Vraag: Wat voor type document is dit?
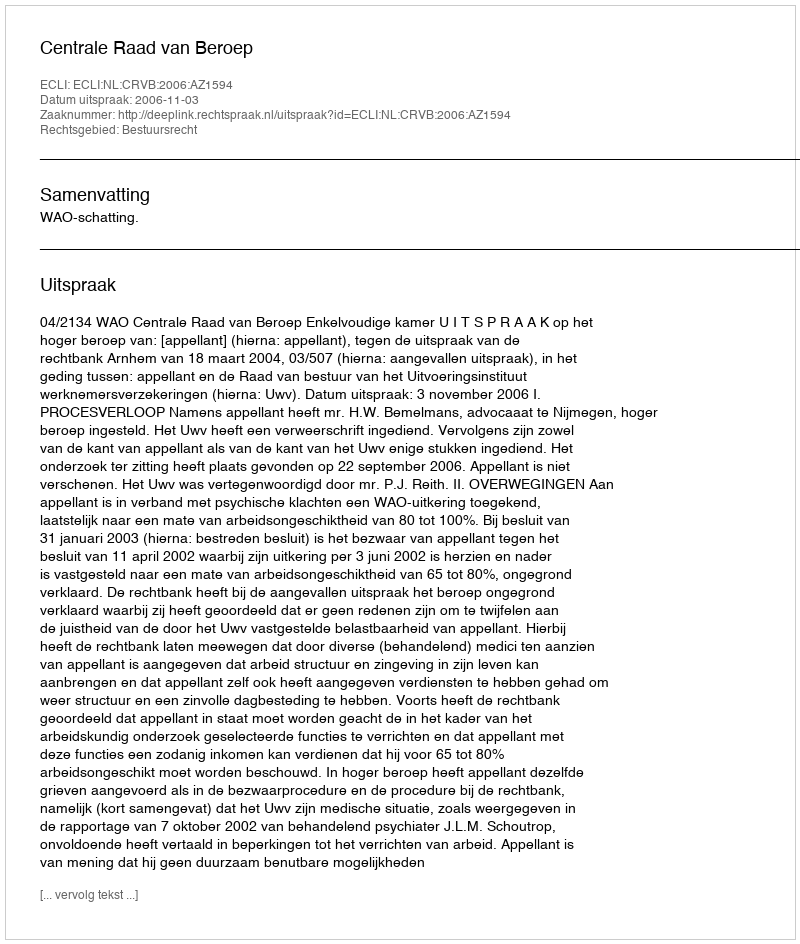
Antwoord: Uitspraak